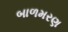
બાળમરણ